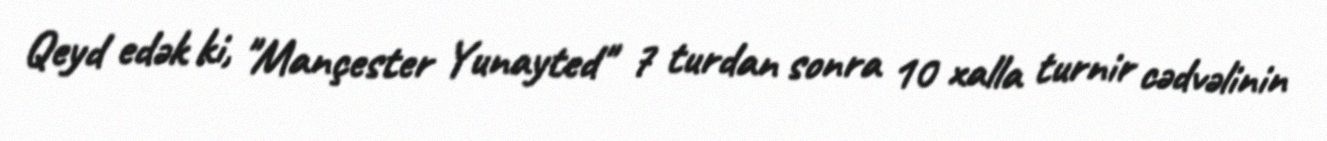
Qeyd edək ki, "Mançester Yunayted" 7 turdan sonra 10 xalla turnir cədvəlinin